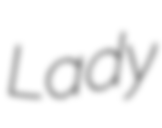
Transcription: Lady